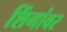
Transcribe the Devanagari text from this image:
शिंगांवर